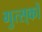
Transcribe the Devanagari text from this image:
गुत्स्‌कों